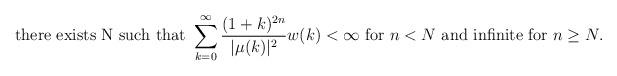
LaTeX: \begin{align*} \textrm{there exists N such that }\sum_{k=0}^{\infty} \frac{(1+k)^{2n}}{|\mu(k)|^{2}}w(k) <\infty\textrm{ for } n<N \textrm{ and infinite for } n\geq N. \end{align*}